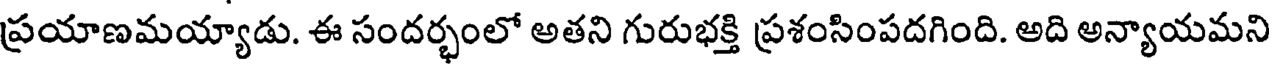
ప్రయాణమయ్యాడు. ఈ సందర్భంలో అతని గురుభక్తి ప్రశంసింపదగింది. అది అన్యాయమని